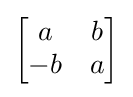
{\begin{bmatrix}a&b\\-b&a\end{bmatrix}}